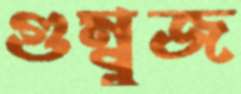
গুম্বুজ